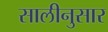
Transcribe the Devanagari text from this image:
सालीनुसार